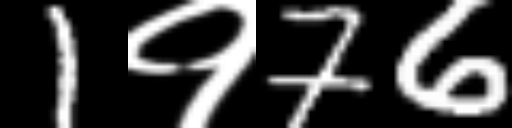
Text: 1१76